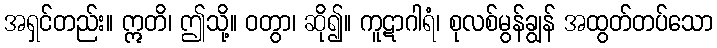
အရှင်တည်း။ ဣတိ၊ ဤသို့။ ဝတွာ၊ ဆို၍။ ကူဋာဂါရံ၊ စုလစ်မွန်ချွန် အထွတ်တပ်သော